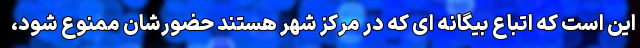
این است که اتباع بیگانه ای که در مرکز شهر هستند حضورشان ممنوع شود،